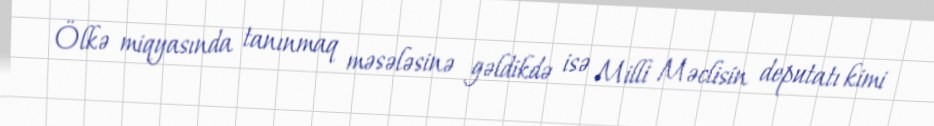
Ölkə miqyasında tanınmaq məsələsinə gəldikdə isə Milli Məclisin deputatı kimi